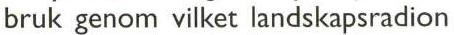
bruk genom vilket landskapsradion